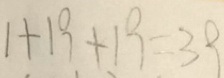
1 + 1 9 + 1 9 = 3 9